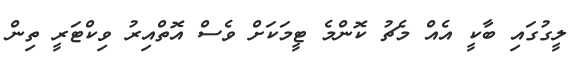
ލީގުގައި ބާކީ އެއް މެޗު ކޮންމެ ޓީމަކަށް ވެސް އޮތްއިރު ވިކްޓަރީ ތިން